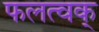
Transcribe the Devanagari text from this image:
फलत्वक्